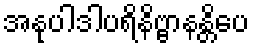
အနုပါဒါပရိနိဗ္ဗာနန္တိပေ